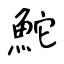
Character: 鮀